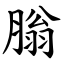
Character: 䐥